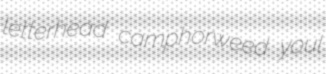
letterhead camphorweed youl